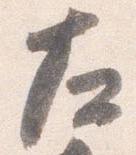
左